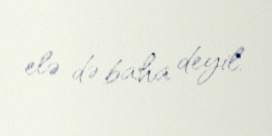
elə də baha deyil.